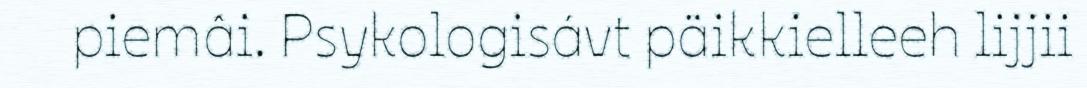
piemâi. Psykologisávt päikkielleeh lijjii